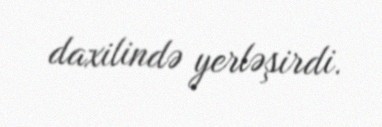
daxilində yerləşirdi.